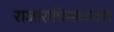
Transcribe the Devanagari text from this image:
राजाराधिकारमण